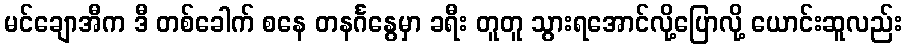
မင်ချောအီက ဒီ တစ်ခေါက် စနေ တနင်္ဂနွေမှာ ခရီး တူတူ သွားရအောင်လို့ပြောလို့ ယောင်းဆူလည်း